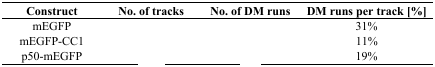
<table><thead><tr><td><b>Construct</b></td><td><b>No. of tracks</b></td><td><b>No. of DM runs</b></td><td><b>DM runs per track [%]</b></td></tr></thead><tbody><tr><td>mEGFP</td><td>[EMPTY_CELL]</td><td>[EMPTY_CELL]</td><td>31%</td></tr><tr><td>mEGFP-CC1</td><td>[EMPTY_CELL]</td><td>[EMPTY_CELL]</td><td>11%</td></tr><tr><td>p50-mEGFP</td><td>[EMPTY_CELL]</td><td>[EMPTY_CELL]</td><td>19%</td></tr></tbody></table>